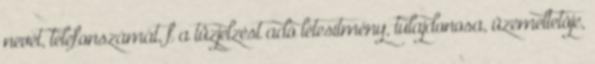
nevét, telefonszámát, f a tûzjelzést adó létesítmény, tulajdonosa, üzemeltetõje,